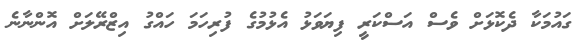
ގައުމަކާ ދެކޮޅަށް ވެސް އަސްކަރީ ފިޔަވަޅު އެޅުމުގެ ފުރިހަމަ ހައްގު އިޒްރޭލަށް އޮންނާނެ